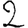
Digit: 2